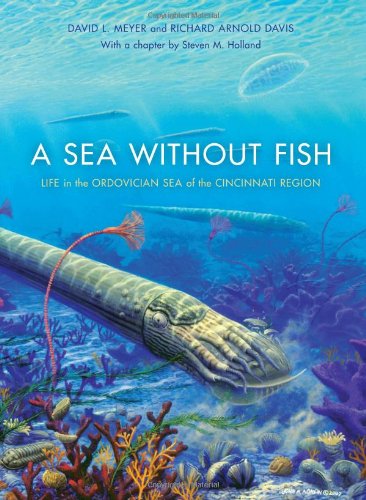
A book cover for A Sea without Fish: Life in the Ordovician Sea of the Cincinnati Region (Life of the Past); Richard Arnold Davis; Science & Math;